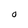
Character: O